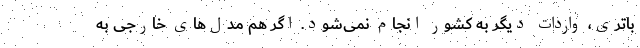
باتری، واردات دیگر به کشور انجام نمی‌شود. اگر هم مدل‌های خارجی به